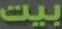
بيت